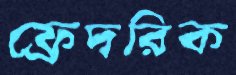
ফ্রেদরিক